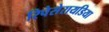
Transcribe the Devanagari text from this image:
रिपेसेरायडिया